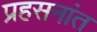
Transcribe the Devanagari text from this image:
प्रहसनांत